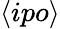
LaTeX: \langle ipo\rangle